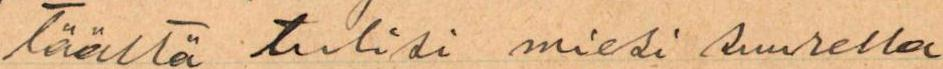
Täältä tulisi miesi suurella